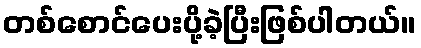
တစ်စောင်ပေးပို့ခဲ့ပြီးဖြစ်ပါတယ်။